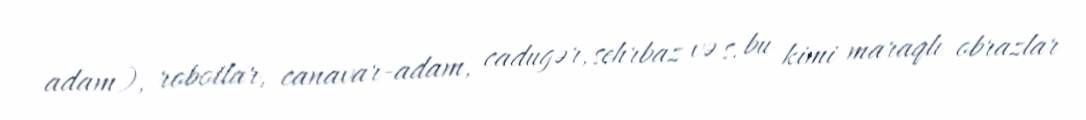
adam), robotlar, canavar-adam, cadugər, sehrbaz və s. bu kimi maraqlı obrazlar